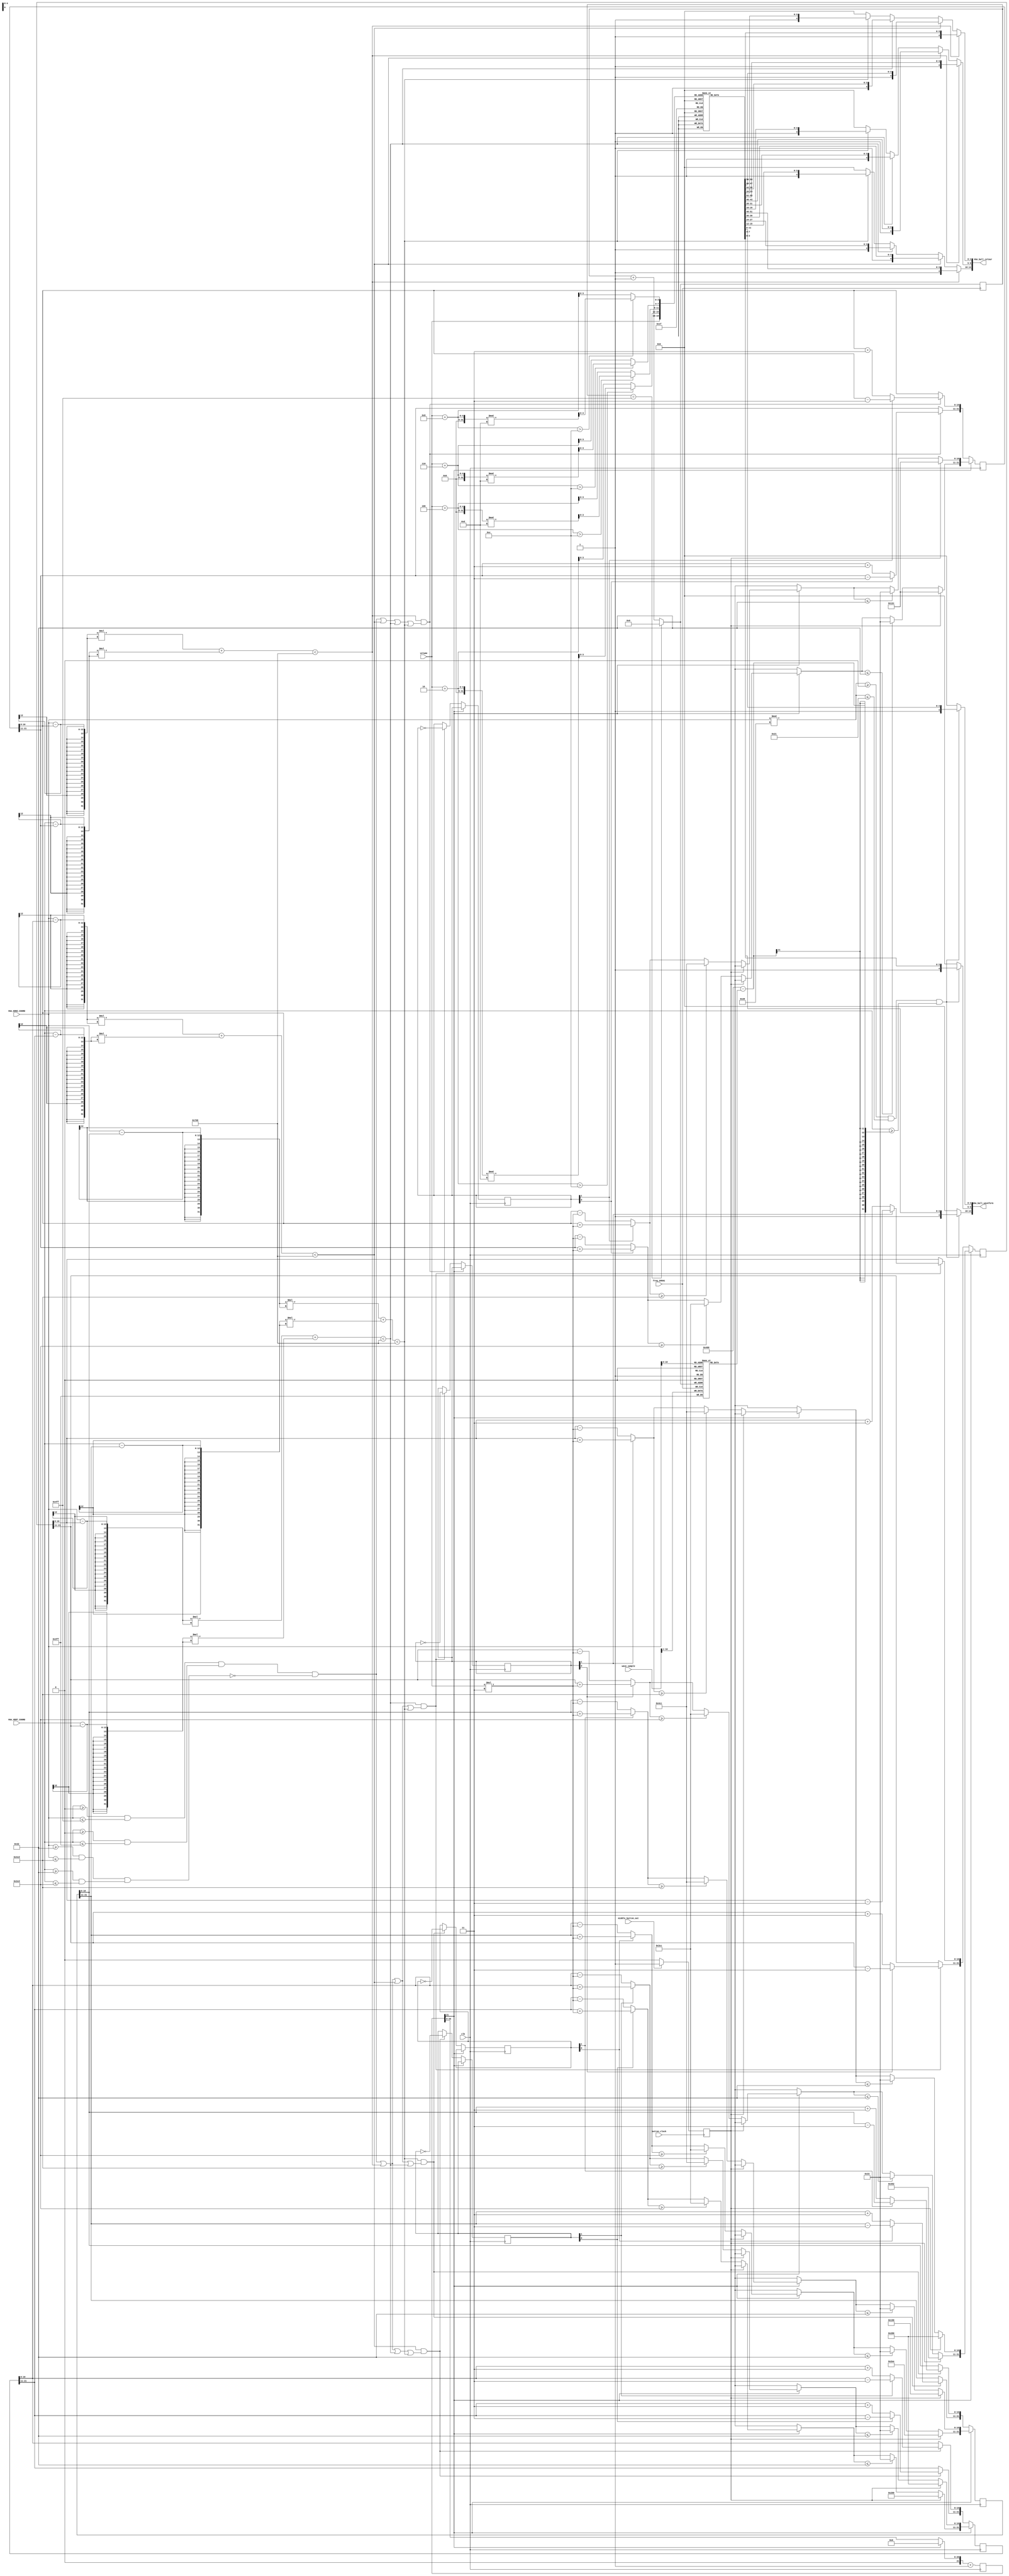
`timescale 1ns / 1ps
//////////////////////////////////////////////////////////////////////////////////
// Company: 
// Engineer: 
// 
// Design Name: 
// Module Name: bouncing_balls
// Project Name: 
// Target Devices: 
// Tool Versions: 
// Description: 
// 
// Dependencies: 
// 
// Revision:
// Revision 0.01 - File Created
// Additional Comments:
// 
//////////////////////////////////////////////////////////////////////////////////

module ball_bounce (
    input clk,
    input freq_20kHz,
    input [10:0] wave_sample,
    
    input middle_button_out,
    input button_clock,
    
    input [3:0] volume,
    input [11:0] VGA_HORZ_COORD,
    input [11:0] VGA_VERT_COORD,
    
    output [14:0] VGA_ball_colour,
    output [14:0] VGA_ball_waveform
    );
    
    // Chunk of code used to generate the bar graph based on the wave input.
    reg [43:0] ball_start_pos = 0;
    reg [9:0] sample_memory[1279:0];
    reg [10:0] k = 0;
    always @ (posedge freq_20kHz) begin
        if (k == 1279) begin
            k = 0;
        end
        else k = k + 1;
        sample_memory[k] <= wave_sample[10:1];    
    end  
    wire wave_condition = (VGA_HORZ_COORD % 40 >= 0 && VGA_HORZ_COORD % 40 <= 33) && 
        (VGA_VERT_COORD >= 1024 - sample_memory[VGA_HORZ_COORD]);
    
    // Storing an array of a spectrum of 12-bit colours.
    reg [0:11] ball_colours [0:12];
    initial begin
        ball_colours[0] = 12'h0ff;
        ball_colours[1] = 12'h09f;
        ball_colours[2] = 12'h04f;
        ball_colours[3] = 12'h60f;
        ball_colours[4] = 12'hf0f;
        ball_colours[5] = 12'hf05;
        ball_colours[6] = 12'hf00;
        ball_colours[7] = 12'hf60;
        ball_colours[8] = 12'hfe0;
        ball_colours[9] = 12'h3f0;
        ball_colours[10] = 12'h0f8;
        ball_colours[11] = 12'h0fd;
        ball_colours[12] = 12'h0ff;
    end
    // These wires will be later used to access elements of the array. Note the use 
    // of the modulo operation along with different added constants to ensure that
    // none of the visualization features are of the same colour at any point in
    // time.
    wire [3:0] b1_colour = volume;
    wire [3:0] b2_colour = (volume + 2 > 12) ? (volume + 2) % 13 : volume + 2;
    wire [3:0] b3_colour = (volume + 4 > 12) ? (volume + 4) % 13 : volume + 4;
    wire [3:0] b4_colour = (volume + 6 > 12) ? (volume + 6) % 13 : volume + 6;
    wire [3:0] bar_colour = (volume + 8 > 12) ? (volume + 8) % 13 : volume + 8;
    
    // Used to store the current x-y position of each ball. 
    // Bits [10:0] to represent x, and [21:11] to represent y.
    reg [21:0] b1_pos;
    reg [21:0] b2_pos;
    reg [21:0] b3_pos;
    reg [21:0] b4_pos;
    
    // Used to store the direction vector that each ball is
    // travelling in
    reg [1:0] b1_dir = 2'b11;
    reg [1:0] b2_dir = 2'b01;
    reg [1:0] b3_dir = 2'b10;
    reg [1:0] b4_dir = 2'b00; //1 is negative, 0 is positive
    
    // Counter to update ball position.
    reg [21:0] movement_counter = 0;
    
    // This defines the boundary area which the balls should not exceed. This is
    // later used for purposes of the collision detection.
    wire boundary_area = ((VGA_HORZ_COORD >= 0 && VGA_HORZ_COORD <= 1279) &&
        (VGA_VERT_COORD >= 0 && VGA_VERT_COORD <= 1023)) && 
        ~((VGA_HORZ_COORD >= 50 && VGA_HORZ_COORD <= 1229) &&
        (VGA_VERT_COORD >= 50 && VGA_VERT_COORD <= 973));
    
    // The following wires define the 4 balls (circles) and their start positions.
    wire b1_condition = ((VGA_HORZ_COORD - b1_pos[10:0]) * (VGA_HORZ_COORD - b1_pos[10:0]) 
        + (VGA_VERT_COORD - b1_pos[21:11]) * (VGA_VERT_COORD - b1_pos[21:11])) < 1800;
    
    wire b2_condition = ((VGA_HORZ_COORD - b2_pos[10:0]) * (VGA_HORZ_COORD - b2_pos[10:0]) 
        + (VGA_VERT_COORD - b2_pos[21:11]) * (VGA_VERT_COORD - b2_pos[21:11])) < 1800;
    
    wire b3_condition = ((VGA_HORZ_COORD - b3_pos[10:0]) * (VGA_HORZ_COORD - b3_pos[10:0]) 
        + (VGA_VERT_COORD - b3_pos[21:11]) * (VGA_VERT_COORD - b3_pos[21:11])) < 1800;
    
    wire b4_condition = ((VGA_HORZ_COORD - b4_pos[10:0]) * (VGA_HORZ_COORD - b4_pos[10:0]) 
        + (VGA_VERT_COORD - b4_pos[21:11]) * (VGA_VERT_COORD - b4_pos[21:11])) < 1800;
    
    // This is the collision detection. These wires become 1 when a ball's position conditional outputs 1 
    // and if the boundary_area or any of the other ball conditionals output 1 as well for the same
    // VGA_HORZ_COORD and VGA_VERT_COORD.
    wire b1_collision = (b1_condition) & (boundary_area                | b2_condition | b3_condition | b4_condition);
    wire b2_collision = (b2_condition) & (boundary_area | b1_condition                | b3_condition | b4_condition);
    wire b3_collision = (b3_condition) & (boundary_area | b1_condition | b2_condition                | b4_condition);
    wire b4_collision = (b4_condition) & (boundary_area | b1_condition | b2_condition | b3_condition               );
    
    initial begin
        b1_pos[10:0] = 300;
        b1_pos[21:11] = 300;
        b2_pos[10:0] = 640;
        b2_pos[21:11] = 512;
        b3_pos[10:0] = 640;
        b3_pos[21:11] = 850;
        b4_pos[10:0] = 400;
        b4_pos[21:11] = 750;
    end
    reg button_pressed = 0;
    always @ (posedge button_clock) begin
        if (middle_button_out == 1) begin
            button_pressed = 1;
        end
        else button_pressed = 0;
    end
    always @ (posedge clk) begin
        if (movement_counter[21] == 1) begin
            if (button_pressed == 1) begin
                b1_pos[10:0] = 300;
                b1_pos[21:11] = 300;
                b2_pos[10:0] = 640;
                b2_pos[21:11] = 512;
                b3_pos[10:0] = 640;
                b3_pos[21:11] = 850;
                b4_pos[10:0] = 400;
                b4_pos[21:11] = 750;
            end
            else begin
                // The following chunks of code handle the volume 
                // based movement of the ball.
                b1_pos[10:0] = b1_dir[1] ? 
                    b1_pos[10:0] + (volume * 3)
                    : b1_pos[10:0] - (volume * 3);
                b1_pos[21:11] = b1_dir[0] ?
                    b1_pos[21:11] + (volume * 3)
                    : b1_pos[21:11] - (volume * 3);
                if (b1_pos[10:0] >= 1229) begin
                    b1_pos[10:0] = 1228;
                end
                if (b1_pos[21:11] >= 973) begin
                    b1_pos[21:11] = 972;
                end
                if (b1_pos[10:0] <= 50) begin
                    b1_pos[10:0] = 51;
                end
                if (b1_pos[21:11] <= 50) begin
                    b1_pos[21:11] = 51;
                end
                    
                b2_pos[10:0] = b2_dir[1] ? 
                    b2_pos[10:0] + (volume * 3)
                    : b2_pos[10:0] - (volume * 3);
                b2_pos[21:11] = b2_dir[0] ?
                    b2_pos[21:11] + (volume * 3)
                    : b2_pos[21:11] - (volume * 3);
                if (b2_pos[10:0] >= 1229) begin
                    b2_pos[10:0] = 1228;
                end
                if (b2_pos[21:11] >= 973) begin
                    b2_pos[21:11] = 972;
                end
                if (b2_pos[10:0] <= 50) begin
                    b2_pos[10:0] = 51;
                end
                if (b2_pos[21:11] <= 50) begin
                    b2_pos[21:11] = 51;
                end
                    
                b3_pos[10:0] = b3_dir[1] ? 
                    b3_pos[10:0] + (volume * 3)
                    : b3_pos[10:0] - (volume * 3);
                b3_pos[21:11] = b3_dir[0] ?
                    b3_pos[21:11] + (volume * 3)
                    : b3_pos[21:11] - (volume * 3);
                if (b3_pos[10:0] >= 1229) begin
                    b3_pos[10:0] = 1228;
                end
                if (b3_pos[21:11] >= 973) begin
                    b3_pos[21:11] = 972;
                end
                if (b3_pos[10:0] <= 50) begin
                    b3_pos[10:0] = 51;
                end
                if (b3_pos[21:11] <= 50) begin
                    b3_pos[21:11] = 51;
                end
                    
                b4_pos[10:0] = b4_dir[1] ? 
                    b4_pos[10:0] + (volume * 3)
                    : b4_pos[10:0] - (volume * 3);
                b4_pos[21:11] = b4_dir[0] ?
                    b4_pos[21:11] + (volume * 3)
                    : b4_pos[21:11] - (volume * 3);
                if (b4_pos[10:0] >= 1229) begin
                    b4_pos[10:0] = 1228;
                end
                if (b4_pos[21:11] >= 973) begin
                    b4_pos[21:11] = 972;
                end
                if (b4_pos[10:0] <= 50) begin
                    b4_pos[10:0] = 51;
                end
                if (b4_pos[21:11] <= 50) begin
                    b4_pos[21:11] = 51;
                end
            end
            movement_counter = 0;
        end
        else begin
            // The following conditionals detect any collisions between the balls
            // and cause the affected ball to invert its direction vector, causing
            // collided balls to begin moving in the opposite direction.
            if (b1_collision) begin
                b1_pos[10:0] = b1_dir[1] ?
                    b1_pos[10:0] - 3
                    : b1_pos[10:0] + 3;
                b1_pos[21:11] = b1_dir[0] ?
                    b1_pos[21:11] - 3
                    : b1_pos[21:11] + 3;
                b1_dir = ~b1_dir;
            end
           
            if (b2_collision) begin  
                b2_pos[10:0] = b2_dir[1] ?
                    b2_pos[10:0] - 3
                    : b2_pos[10:0] + 3;
                b2_pos[21:11] = b2_dir[0] ?
                    b2_pos[21:11] - 3
                    : b2_pos[21:11] + 3;
                b2_dir = ~b2_dir;
            end
            
            if (b3_collision) begin
                b3_pos[10:0] = b3_dir[1] ?
                    b3_pos[10:0] - 3
                    : b3_pos[10:0] + 3;
                b3_pos[21:11] = b3_dir[0] ?
                    b3_pos[21:11] - 3
                    : b3_pos[21:11] + 3;
                b3_dir = ~b3_dir;
            end
            
            if (b4_collision) begin
                b4_pos[10:0] = b4_dir[1] ?
                    b4_pos[10:0] - 3
                    : b4_pos[10:0] + 3;
                b4_pos[21:11] = b4_dir[0] ?
                    b4_pos[21:11] - 3
                    : b4_pos[21:11] + 3;
                b4_dir = ~b4_dir;
            end
        end
        movement_counter = movement_counter + 1;
    end
    
    // Assign statements to output colours of all the features to the 
    assign VGA_ball_colour[4:0] = b1_condition ? {1'b1, ball_colours[b1_colour][0:3]}
        : b2_condition ? {1'b1, ball_colours[b2_colour][0:3]}
        : b3_condition ? {1'b1, ball_colours[b3_colour][0:3]}
        : b4_condition ? {1'b1, ball_colours[b4_colour][0:3]}
        : {1'b0, 4'h0};
        
    assign VGA_ball_colour[9:5] = b1_condition ? {1'b1, ball_colours[b1_colour][4:7]}
        : b2_condition ? {1'b1, ball_colours[b2_colour][4:7]}
        : b3_condition ? {1'b1, ball_colours[b3_colour][4:7]}
        : b4_condition ? {1'b1, ball_colours[b4_colour][4:7]}
        : {1'b0, 4'h0};

    assign VGA_ball_colour[14:10] = b1_condition ? {1'b1, ball_colours[b1_colour][8:11]}
        : b2_condition ? {1'b1, ball_colours[b2_colour][8:11]}
        : b3_condition ? {1'b1, ball_colours[b3_colour][8:11]}
        : b4_condition ? {1'b1, ball_colours[b4_colour][8:11]}
        : {1'b0, 4'h0};
        
    assign VGA_ball_waveform[4:0] = wave_condition ? {1'b1, ball_colours[bar_colour][0:3]}
        : {1'b0, 4'h0};
    assign VGA_ball_waveform[9:5] = wave_condition ? {1'b1, ball_colours[bar_colour][4:7]}
        : {1'b0, 4'h0};
    assign VGA_ball_waveform[14:10] = wave_condition ? {1'b1, ball_colours[bar_colour][8:11]}
        : {1'b0, 4'h0};
endmodule